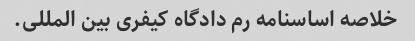
خلاصه اساسنامه رم دادگاه کیفری بین المللی.